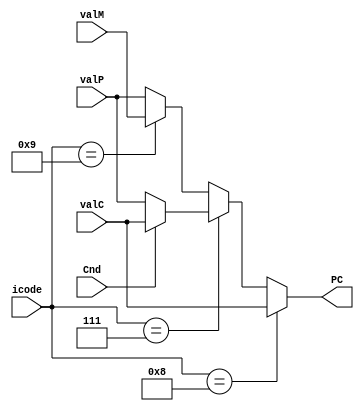
module pc_update(PC,icode,Cnd,valC,valM,valP);
   
   output reg signed [63:0] PC;

   input [3:0] icode;
   input Cnd;
   input signed [63:0] valC;
   input signed [63:0] valM;
   input signed [63:0] valP;
   
   always @(*) 
   begin
    PC=
        icode==4'h8 ? valC:
        icode==4'h7 ? (Cnd ? valC : valP):
        icode==4'h9 ? valM : valP;
   end


endmodule